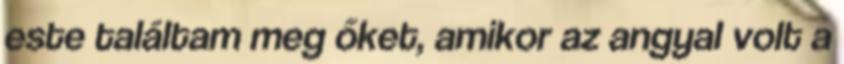
este találtam meg őket, amikor az angyal volt a